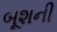
બૂશની